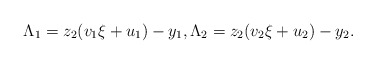
\begin{align*} \Lambda_1 = z_2 ( v_1 \xi + u_1 ) - y_1,\Lambda_2 = z_2 ( v_2 \xi + u_2 ) - y_2. \end{align*}